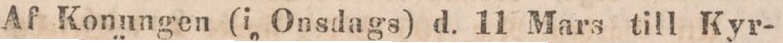
Af Konungen (i Onsdags) d. 11 Mars till Kyr-